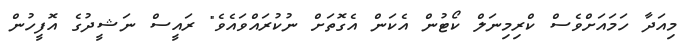
މިއަދާ ހަމައަށްވެސް ކްރިމިނަލް ކޯޓުން އެކަން އެގޮތަށް ނުކުރައްވައެވެ" ރައީސް ނަޝީދުގެ އޮފީހުން